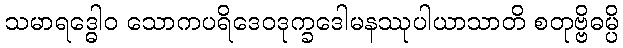
သမာရဒ္ဓေါဝ သောကပရိဒေဝဒုက္ခဒေါမနဿုပါယာသာတိ စတုဗ္ဗိဓမ္ပိ